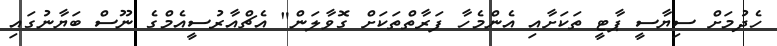
ހެދުމަށް ސިޔާސީ ޕާޓީ ތަކަށާއި އެންމެހާ ފަރާތްތަކަށް ގޮވާލަން" އެޗްއާރުސީއެމްގެ ނޫސް ބަޔާނުގައި